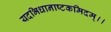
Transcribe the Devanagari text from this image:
यदभिधानाष्टकमिदम्।।